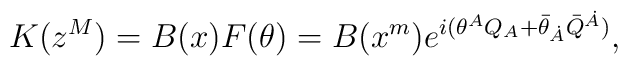
K(z^M)=B(x)F(\theta)= B(x^m)e^{i(\theta^A Q_A+\bar\theta_{\dot A}\bar Q^{\dot A})},